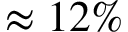
\approx 1 2 \%